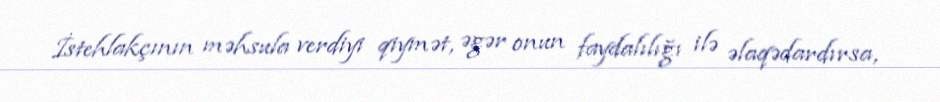
İstehlakçının məhsula verdiyi qiymət, əgər onun faydalılığı ilə əlaqədardırsa,